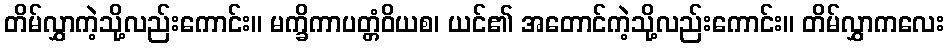
တိမ်လွှာကဲ့သို့လည်းကောင်း။ မက္ခိကာပတ္တံဝိယစ၊ ယင်၏ အတောင်ကဲ့သို့လည်းကောင်း။ တိမ်လွှာကလေး